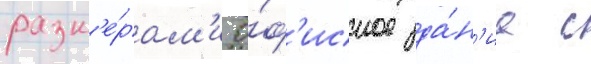
разм'е́рам'и о́ф'исное зда́н'ие с